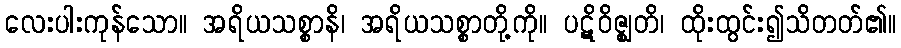
လေးပါးကုန်သော။ အရိယသစ္စာနိ၊ အရိယသစ္စာတို့ကို။ ပဋိဝိဇ္ဈတိ၊ ထိုးထွင်း၍သိတတ်၏။